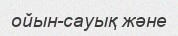
ойын-сауық және